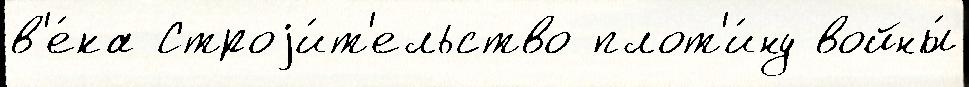
в'е́ка Строjи́т'ельство плот'и́ну войны́